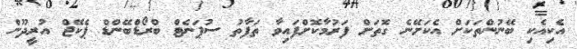
އެކިއެކި ބޭނުންތަކަށް އެކަށޭނެ ގޮތަށް ފަރުމާކޮށްފައިވާ ތަފާތު ސުޕަނެޓް ބްރޯޑްބޭންޑް ޕެކޭޖް އުރީދޫން